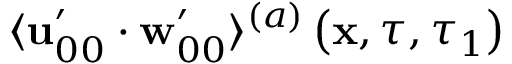
\langle \mathbf { u } _ { 0 0 } ^ { \prime } \cdot \mathbf { w } _ { 0 0 } ^ { \prime } \rangle ^ { ( a ) } \left( \mathbf { x } , \tau , \tau _ { 1 } \right)